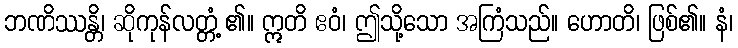
ဘဏိဿန္တိ၊ ဆိုကုန်လတ္တံ့ ၏။ ဣတိ ဧဝံ၊ ဤသို့သော အကြံသည်။ ဟောတိ၊ ဖြစ်၏။ နံ၊